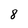
Character: 8